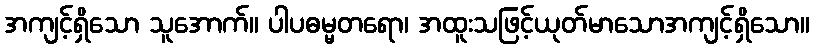
အကျင့်ရှိသော သူအောက်။ ပါပဓမ္မတရော၊ အထူးသဖြင့်ယုတ်မာသောအကျင့်ရှိသော။